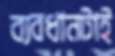
ব্যবধানটাই